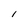
Character: I